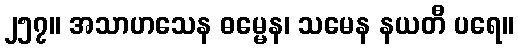
၂၅၇။ အသာဟသေန ဓမ္မေန၊ သမေန နယတီ ပရေ။